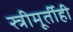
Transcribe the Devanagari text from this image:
स्त्रीमूर्तीही